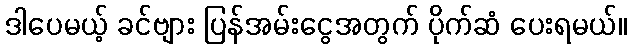
ဒါပေမယ့် ခင်ဗျား ပြန်အမ်းငွေအတွက် ပိုက်ဆံ ပေးရမယ်။